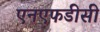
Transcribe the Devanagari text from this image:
एनएफडीसी